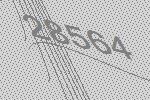
28564